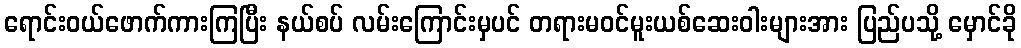
ရောင်းဝယ်ဖောက်ကားကြပြီး နယ်စပ် လမ်းကြောင်းမှပင် တရားမဝင်မူးယစ်ဆေးဝါးများအား ပြည်ပသို့ မှောင်ခို